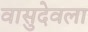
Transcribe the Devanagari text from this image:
वासुदेवला